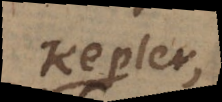
Kepler